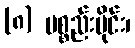
(၈) ပစ္စည်းပိုင်း၊